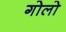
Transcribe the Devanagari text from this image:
गोलो